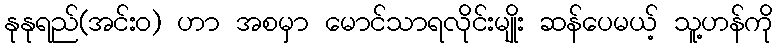
နုနုရည်(အင်းဝ) ဟာ အစမှာ မောင်သာရလိုင်းမျိုး ဆန်ပေမယ့် သူ့ဟန်ကို